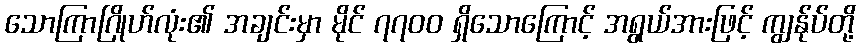
သောကြာဂြိုဟ်လုံး၏ အချင်းမှာ မိုင် ၇၇၀၀ ရှိသောကြောင့် အရွယ်အားဖြင့် ကျွန်ုပ်တို့